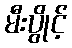
မီးပွိုင့်